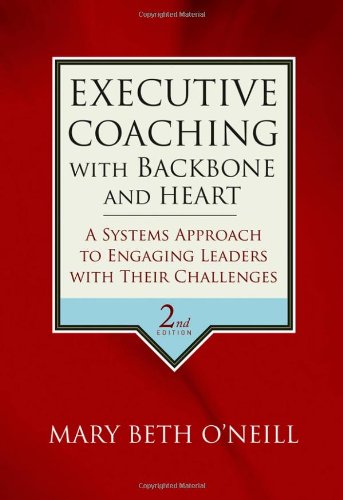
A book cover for Executive Coaching with Backbone and Heart: A Systems Approach to Engaging Leaders with Their Challenges; Mary Beth A. O'Neill; Business & Money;